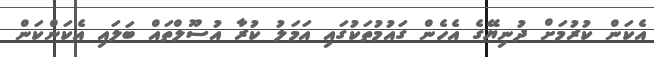
އެކަން ކުރުމަށް ދުނިޔޭގެ އެހެން ގައުމުތަކުގައި އަމަލު ކުރާ އުސޫލްތައް ބަލައި އެކަންކަން